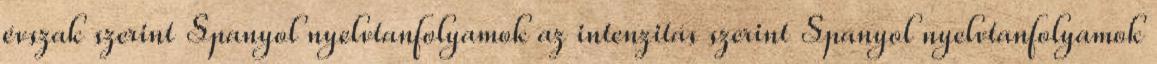
évszak szerint Spanyol nyelvtanfolyamok az intenzitás szerint Spanyol nyelvtanfolyamok